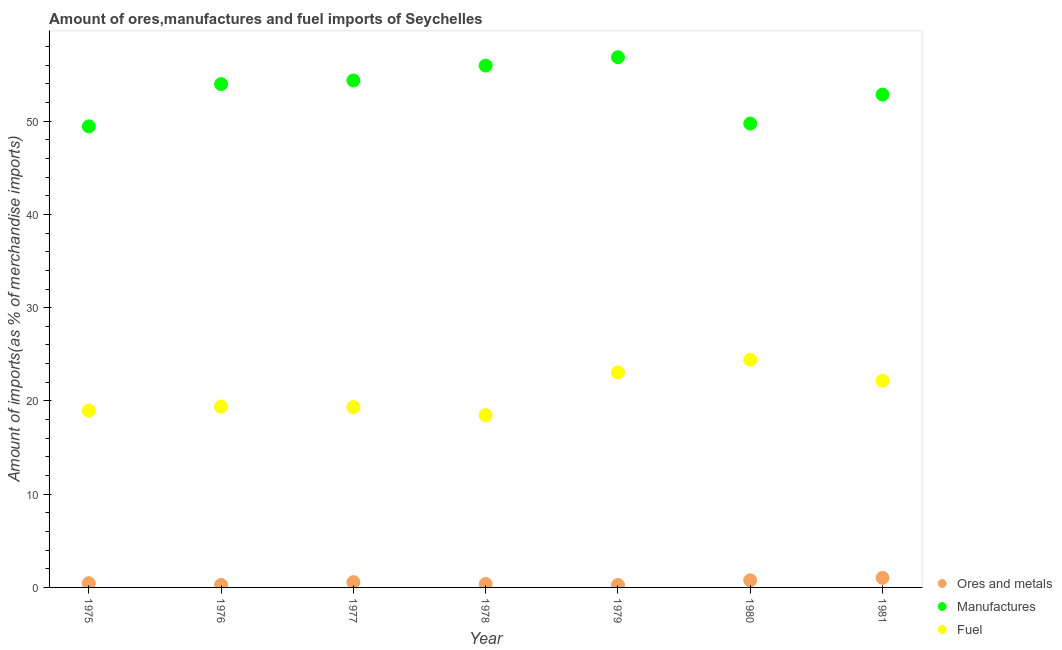
| Year | Ores and metals | Manufactures | Fuel |
 | --- | --- | --- | --- |
 | 1975 | 0.452 | 49.4 | 19 |
 | 1976 | 0.268 | 54 | 19.4 |
 | 1977 | 0.567 | 54.4 | 19.3 |
 | 1978 | 0.369 | 56 | 18.5 |
 | 1979 | 0.27 | 56.9 | 23 |
 | 1980 | 0.762 | 49.7 | 24.4 |
 | 1981 | 1.03 | 52.8 | 22.2 |